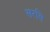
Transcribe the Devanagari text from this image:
सरसि